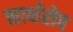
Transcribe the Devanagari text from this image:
नार्थरोप